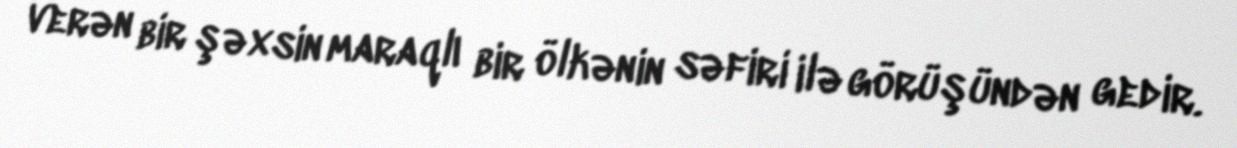
verən bir şəxsin maraqlı bir ölkənin səfiri ilə görüşündən gedir.